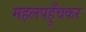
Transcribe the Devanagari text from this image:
महलपहुँचकर